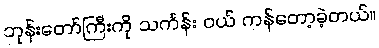
ဘုန်းတော်ကြီးကို သင်္ကန်း ဝယ် ကန်တော့ခဲ့တယ်။